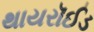
થાયરૉઈડ